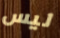
ليس